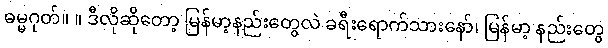
ဓမ္မဂုတ်။ ။ ဒီလိုဆိုတော့ မြန်မာ့နည်းတွေလဲ ခရီးရောက်သားနော်၊ မြန်မာ့ နည်းတွေ